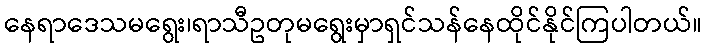
နေရာဒေသမရွေး၊ရာသီဥတုမရွေးမှာရှင်သန်နေထိုင်နိုင်ကြပါတယ်။